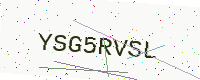
Text: YSG5RVSL